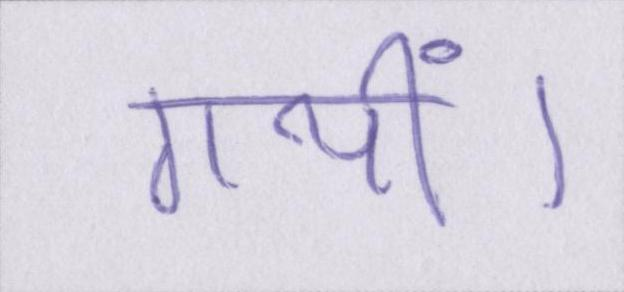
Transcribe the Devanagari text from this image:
गयीं।